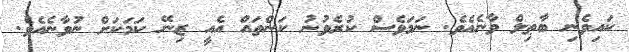
ކައިވެނި ބާޠިލް ވާނެއެވެ. ނަމަވެސް ކުރެވުނު ކަންތައް އެއީ ޒިނޭ ކަމަކަށް ނުވާނެއެވެ.